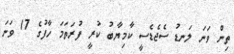
ތިން ވަނަ ލަނޑު ސެޖެޑެސީ ކާމިޔާބު ކުރީ ފުރަތަމަ ހާފުގެ 17 ވަނަ